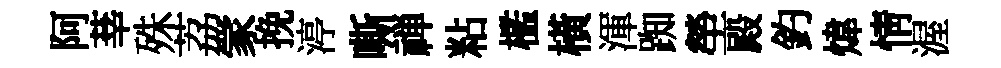
阿莘殊荔䝉挽渟嘶禅粘檻橫渾踟塋殿釣煒情渥